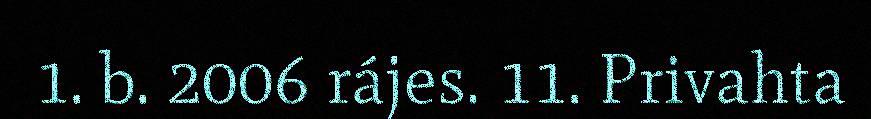
1. b. 2006 rájes. 11. Privahta